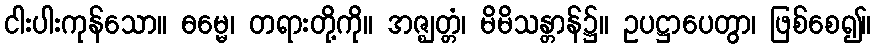
ငါးပါးကုန်သော။ ဓမ္မေ၊ တရားတို့ကို။ အဇ္ဈတ္တံ၊ မိမိသန္တာန်၌။ ဥပဋ္ဌာပေတွာ၊ ဖြစ်စေ၍။